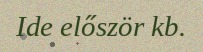
Ide először kb.